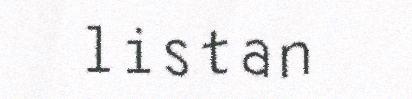
listan